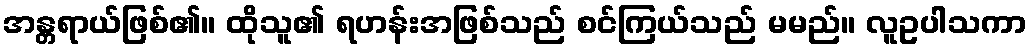
အန္တရာယ်ဖြစ်၏။ ထိုသူ၏ ရဟန်းအဖြစ်သည် စင်ကြယ်သည် မမည်။ လူဥပါသကာ